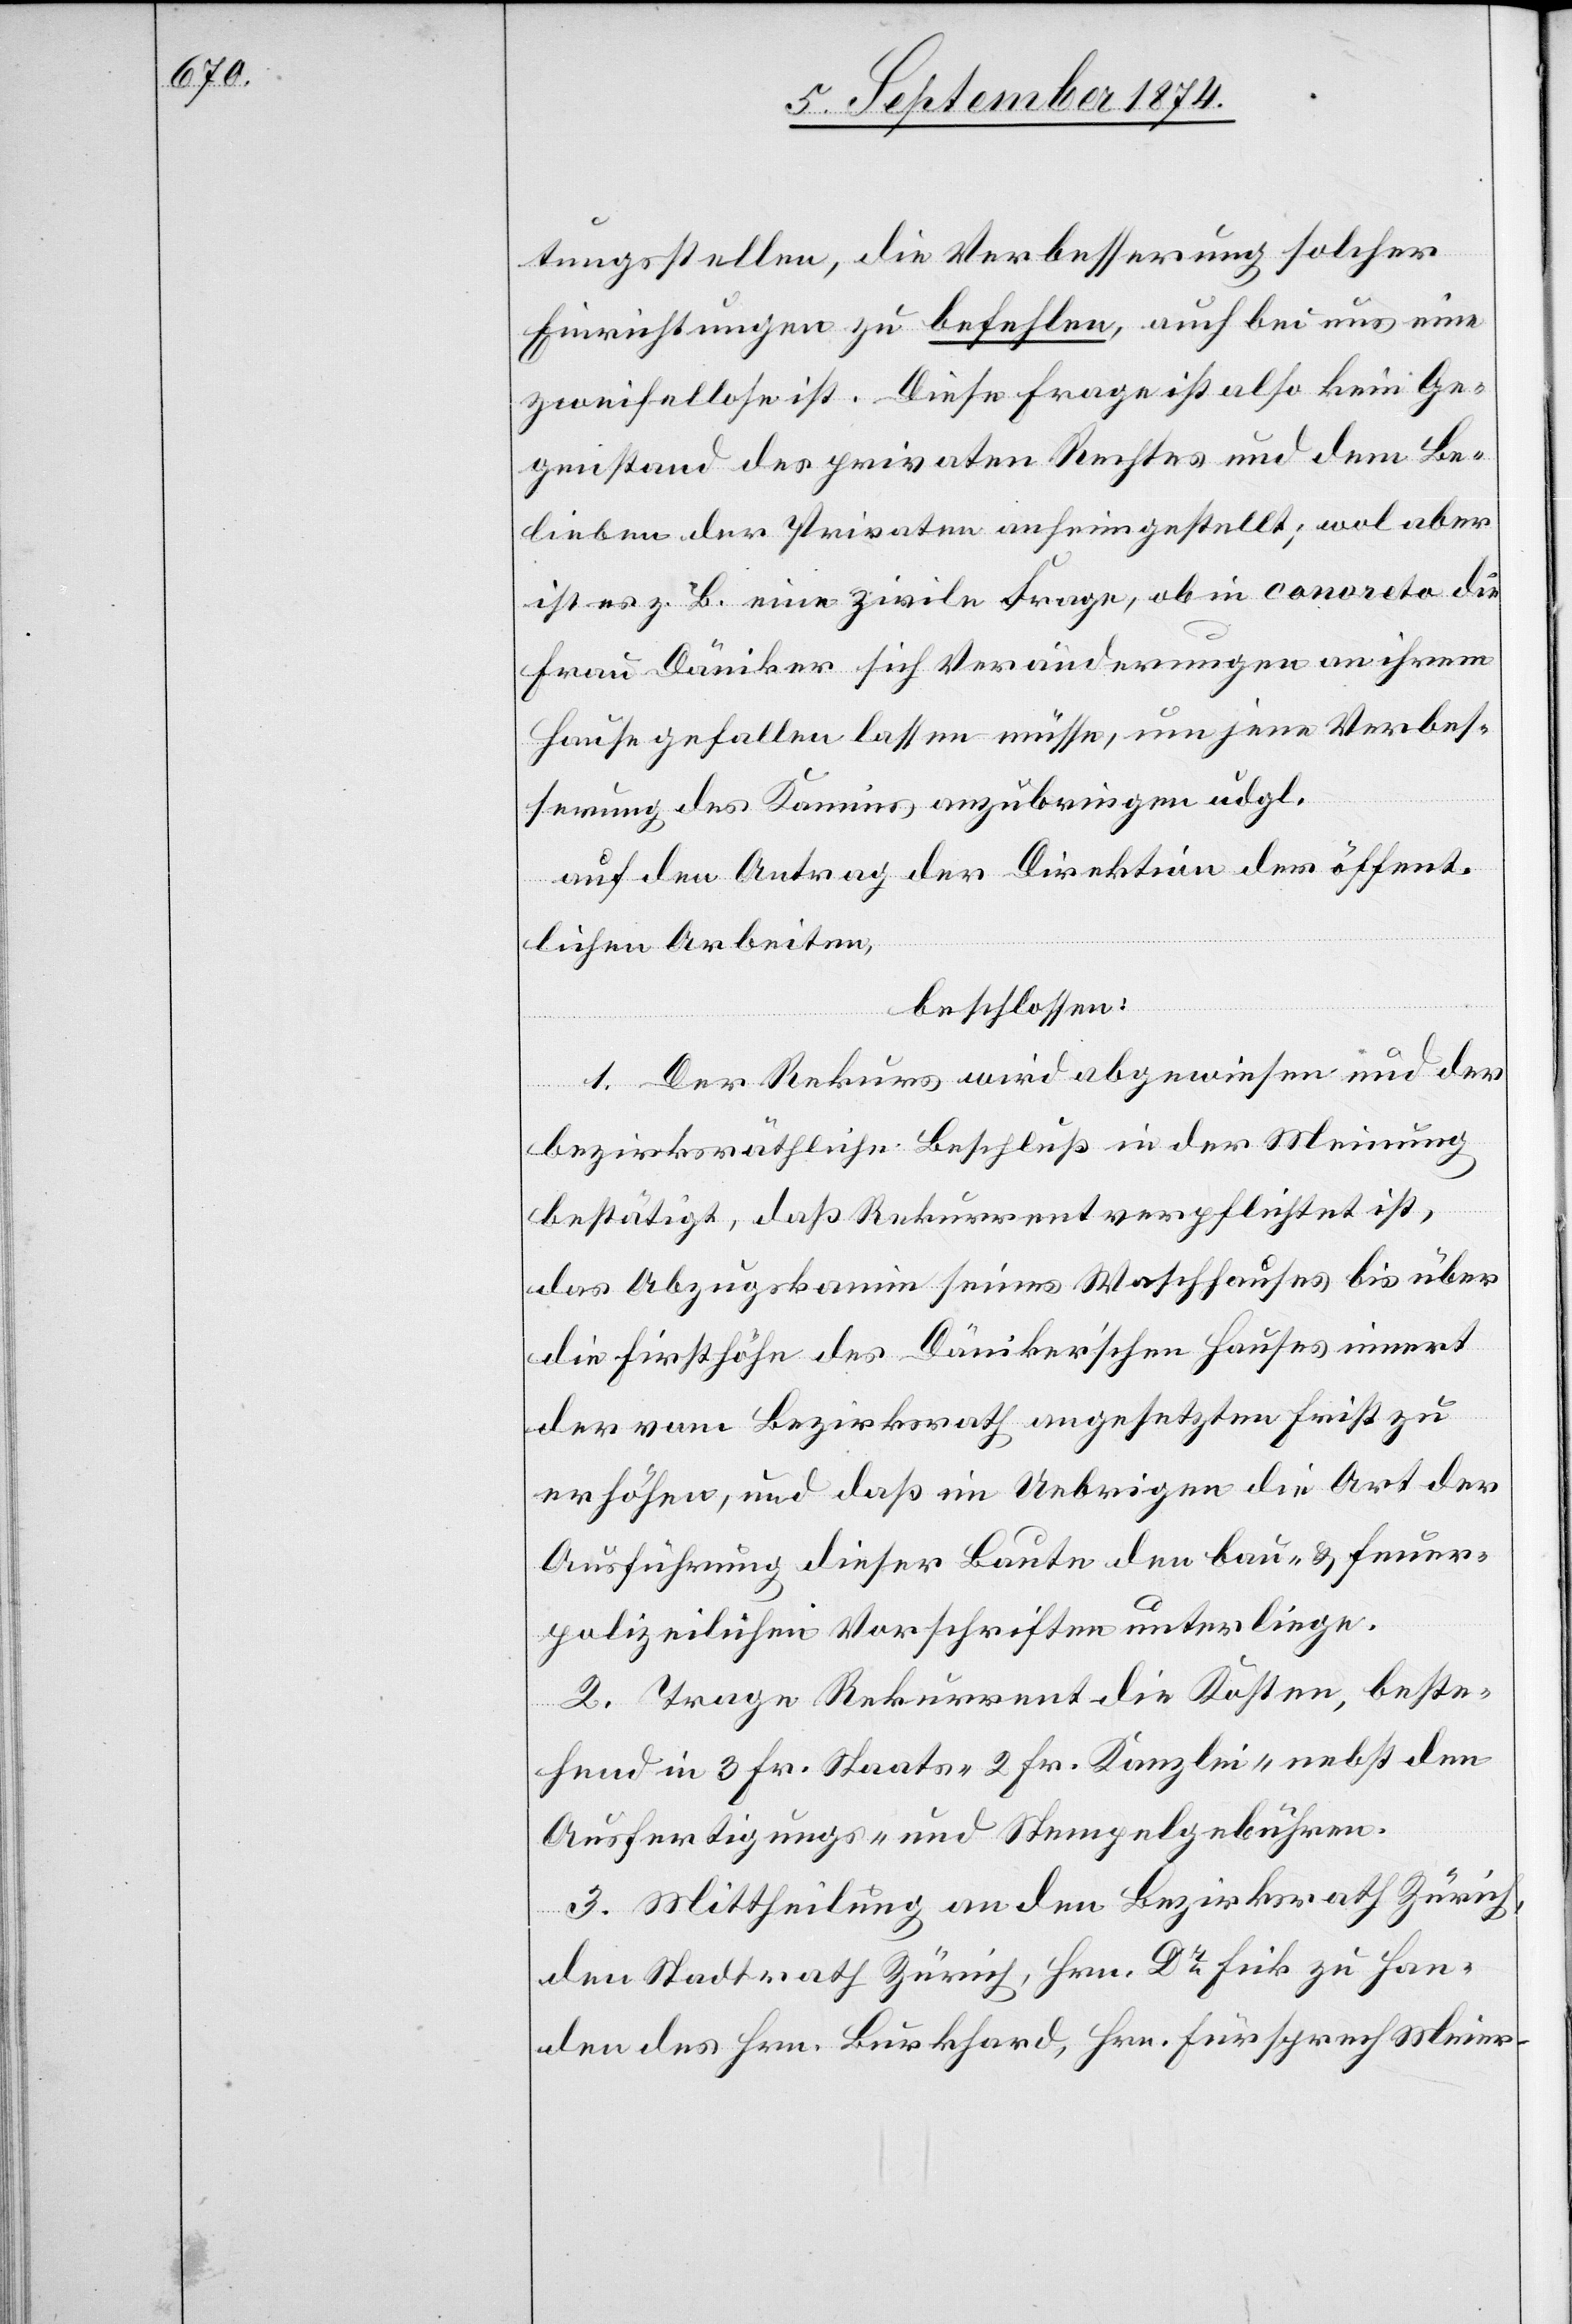
tungsstellen, die Verbesserung solcher
Einrichtungen zu befehlen, auch bei uns eine
zweifellose ist. Diese Frage ist also kein Ge¬
genstand des privaten Rechtes und dem Be¬
lieben der Privaten anheimgestellt; wol aber
ist es z. B. eine zivile Frage, ob in concreto die
Frau Däniker sich Veränderungen an ihrem
Hause gefallen lassen müsse, um jene Verbes¬
serung des Kamins anzubringen udgl.
auf den Antrag der Direktion der öffent¬
lichen Arbeiten,
beschlossen:
1. Der Rekurs wird abgewiesen und der
bezirksräthliche Beschluß in der Meinung
bestätigt, daß Rekurrent verpflichtet ist,
das Abzugskamin seines Waschhauses bis über
die Firsthöhe des Däniker’schen Hauses innert
der vom Bezirksrath angesetzten Frist zu
erhöhen, und daß im Uebrigen die Art der
Ausführung dieser Baute den bau- u. feuer¬
polizeilichen Vorschriften unterliege.
2. Trage Rekurrent die Kosten, beste¬
hend in 3 Fr. Staats- [,] 2 Fr. Kanzlei- nebst den
Ausfertigungs- und Stempelgebühren.
3. Mittheilung an den Bezirksrath Zürich,
den Stadtrath Zürich, Hrn. Dr Fick zu Han¬
den des Hrn. Burkhard, Hrn. Fürsprech Meier